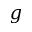
g